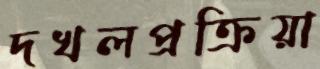
দখলপ্রক্রিয়া